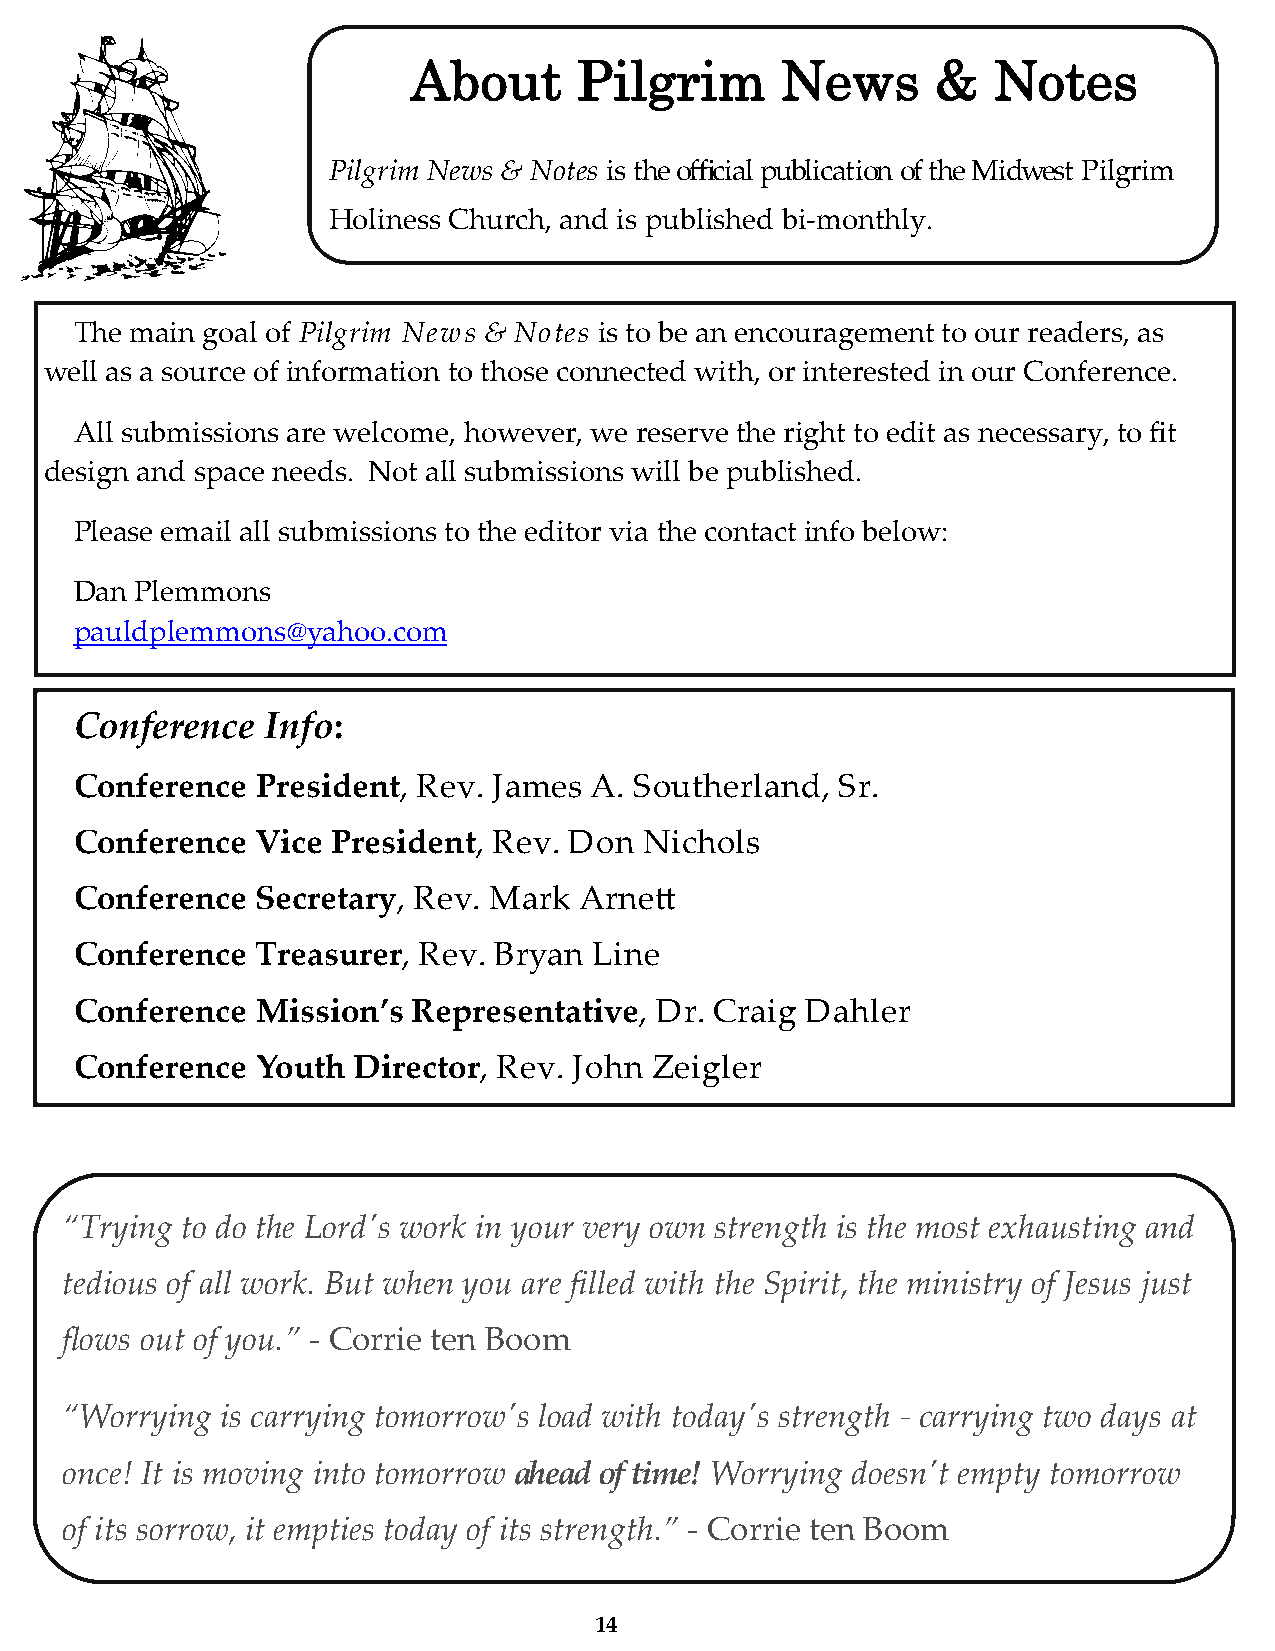
About      Pilgrim       News      &   Notes
 Pilgrim News & Notes is the official publication of the Midwest Pilgrim
 Holiness Church, and is published bi-monthly.
 The main goal of Pilgrim News & Notes is to be an encouragement to our readers, as
 well as a source of information to those connected with, or interested in our Conference.
 All submissions are welcome, however, we reserve the right to edit as necessary, to fit
 design and space needs. Not all submissions will be published.
 Please email all submissions to the editor via the contact info below:
 Dan Plemmons
 pauldplemmons@yahoo.com
 Conference   Info:
 Conference  President, Rev. James A. Southerland, Sr.
 Conference  Vice President, Rev. Don  Nichols
 Conference  Secretary, Rev. Mark Arnett
 Conference  Treasurer, Rev. Bryan Line
 Conference  Mission’s Representative, Dr. Craig Dahler
 Conference  Youth Director, Rev. John Zeigler
 “Trying to do the Lord's work in your very own strength is the most exhausting and
 tedious of all work. But when you are filled with the Spirit, the ministry of Jesus just
 flows out of you.” - Corrie ten Boom
 “Worrying  is carrying tomorrow's load with today's strength - carrying two days at
 once! It is moving into tomorrow ahead of time! Worrying doesn't empty tomorrow
 of its sorrow, it empties today of its strength.” - Corrie ten Boom
 14